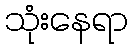
သုံးနေရာ